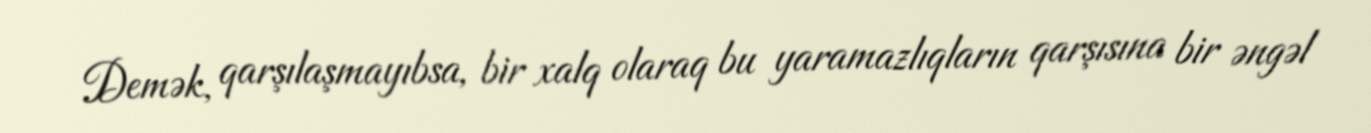
Demək, qarşılaşmayıbsa, bir xalq olaraq bu yaramazlıqların qarşısına bir əngəl